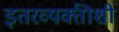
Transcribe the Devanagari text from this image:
इतरव्यक्तीशी